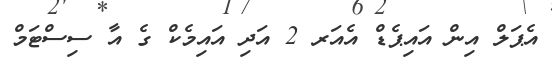
އެޕަލް އިން އައިޕެޑް އެއަރ 2 އަދި އައިމެކް ގެ އާ ސިސްޓަމް